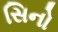
સિનો